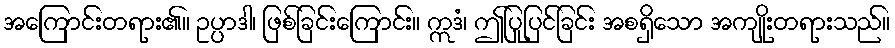
အကြောင်းတရား၏။ ဥပ္ပာဒါ၊ ဖြစ်ခြင်းကြောင်း။ ဣဒံ၊ ဤပြုပြင်ခြင်း အစရှိသော အကျိုးတရားသည်။